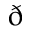
\eth